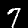
Label: 7